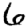
Digit: 6